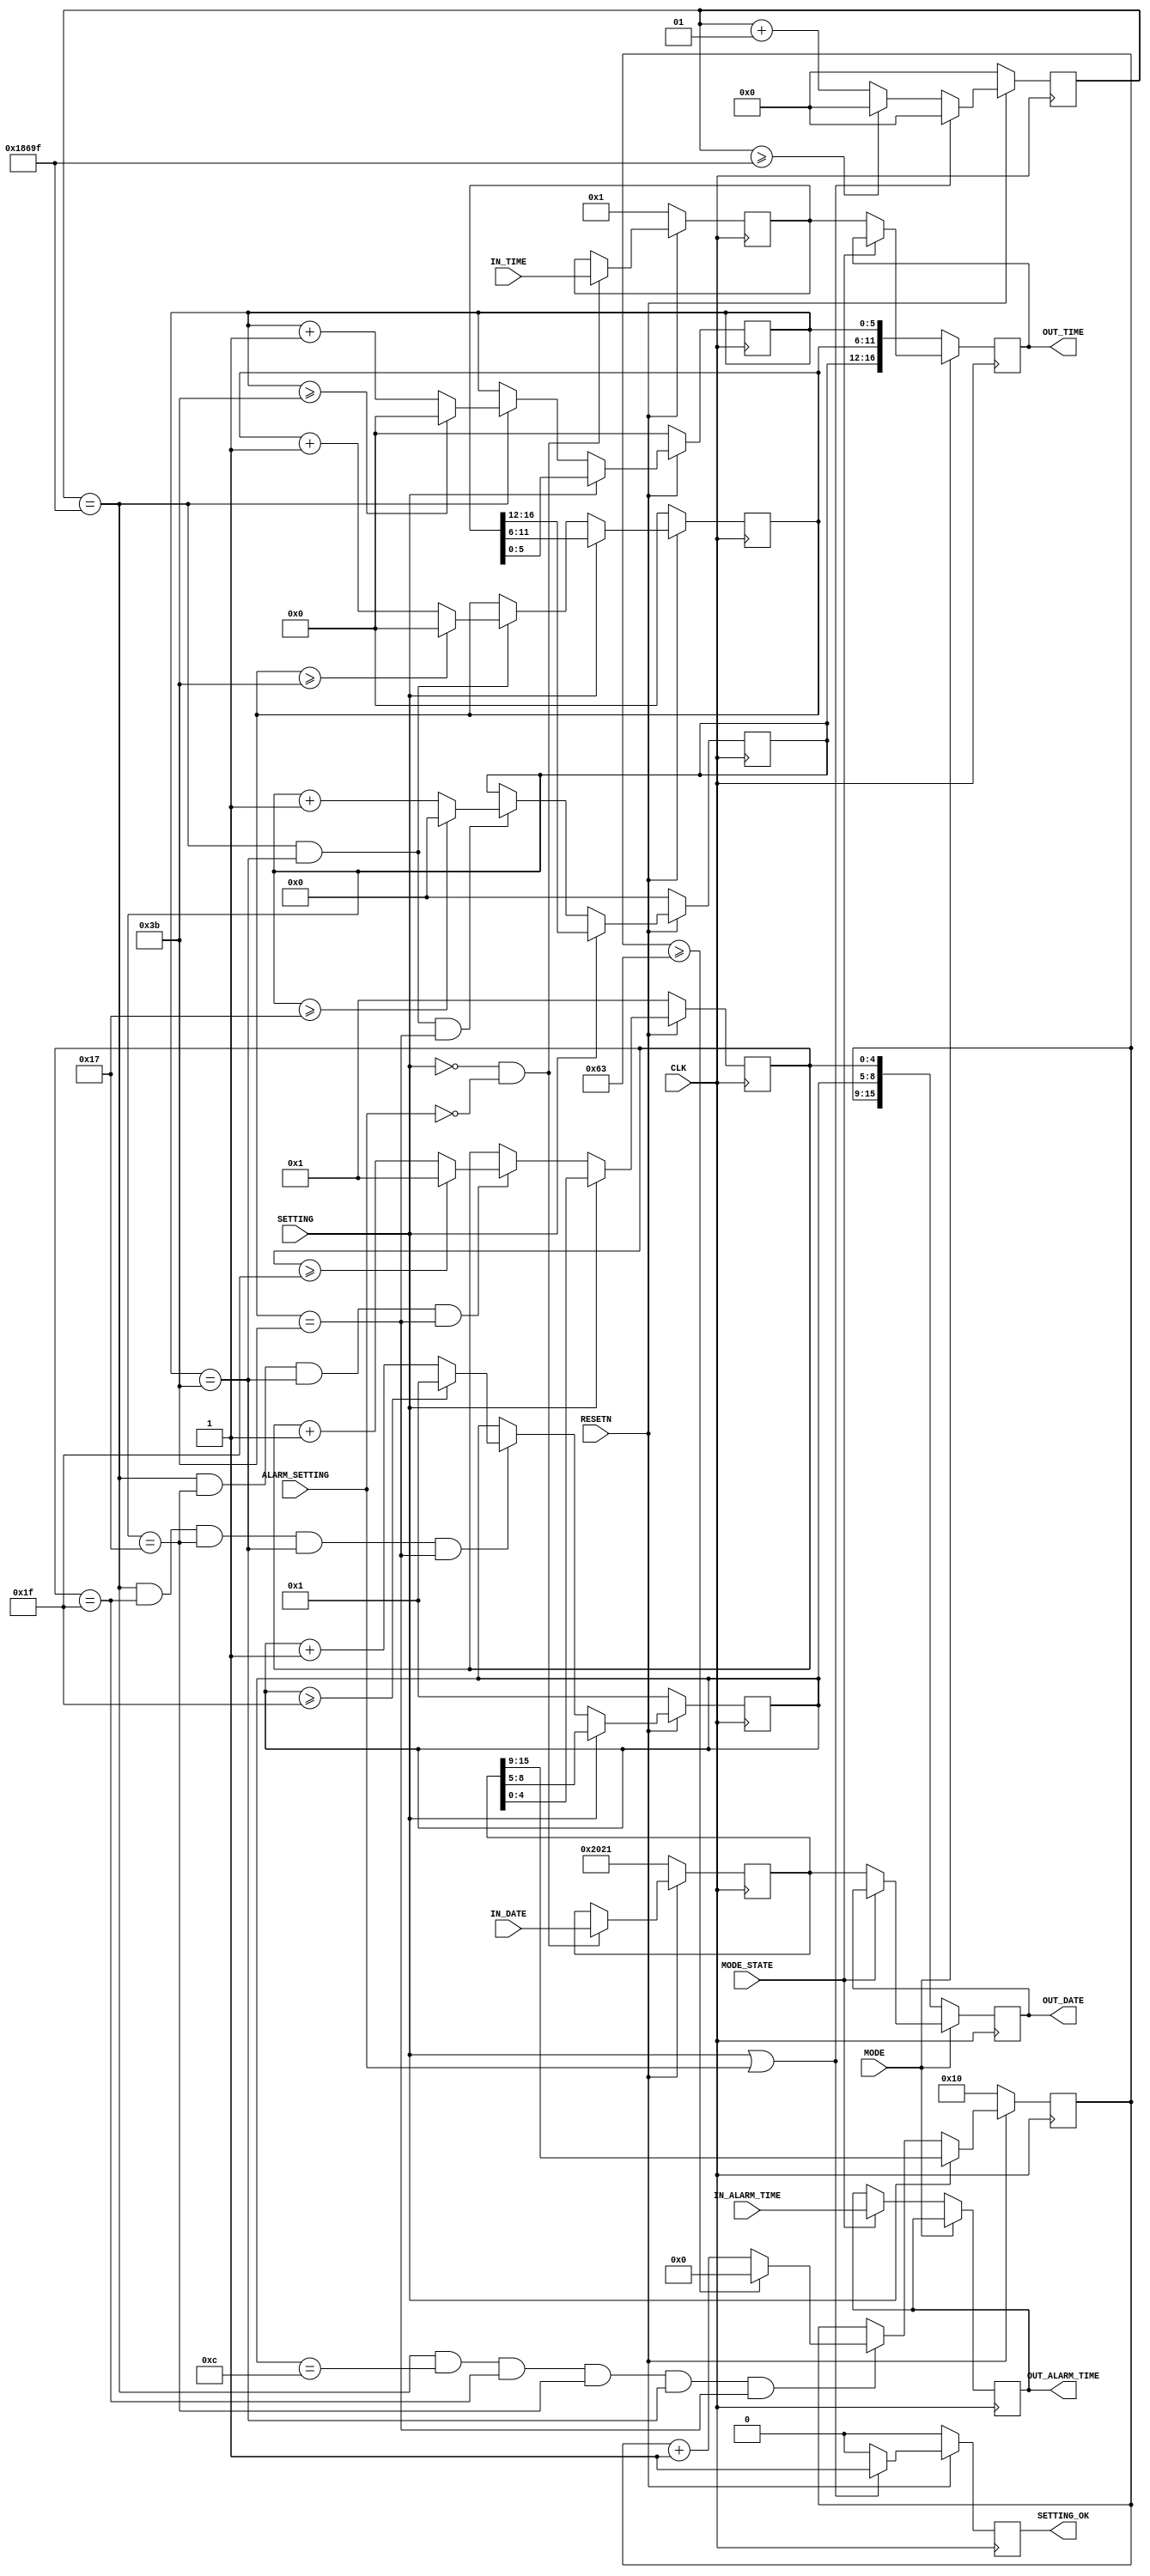

/* IN_TIME BIT LIST
`define   IN_MERIDIAN IN_TIME[17]
`define	 IN_HOUR     IN_TIME[16:12]
`define	 IN_MIN      IN_TIME[11:6]
`define   IN_SEC      IN_TIME[5:0]

 IN_DATE BIT LIST
`define   IN_YEAR     IN_DATE[15:9]
`define	 IN_MONTH    IN_DATE[8:5]
`define	 IN_DAY      IN_DATE[4:0]


 IN_ALARM_TIME BIT LIST
`define	 IN_HOUR     IN_TIME[16:12]
`define	 IN_MIN      IN_TIME[11:6]
`define   IN_SEC      IN_TIME[5:0]
*/

// TIME_CAL.v

module TIME_CAL(
	RESETN, CLK,
	IN_TIME, IN_DATE, IN_ALARM_TIME,
	MODE, MODE_STATE, SETTING, ALARM_SETTING, SETTING_OK,
	OUT_TIME, OUT_DATE, OUT_ALARM_TIME
);

input RESETN, CLK;
input [16:0] IN_ALARM_TIME;
input [16:0] IN_TIME;
input [15:0] IN_DATE;
input MODE, MODE_STATE, SETTING, ALARM_SETTING;
output reg [16:0] OUT_ALARM_TIME;
output reg [16:0] OUT_TIME;
output reg [15:0] OUT_DATE;
output reg SETTING_OK;

reg [16:0] SETTING_TIME;
reg [15:0] SETTING_DATE;

// TEMP TIME
reg [4:0] HOUR;
reg [5:0] MIN, SEC;

// TEMP DATE
reg [6:0] YEAR;
reg [3:0] MONTH;
reg [4:0] DAY;

integer CNT;

always @(posedge CLK)
begin
	if(!RESETN)
		begin
			CNT = 0;
			SETTING_OK = 0;
		end
	else if((SETTING == 1'b1) || (ALARM_SETTING == 1'b1))
		begin
			CNT = 0;
			SETTING_OK = 1;
		end
	else
		begin
			if(CNT >= 99999)
				CNT = 0;
			else
				CNT = CNT + 1;
			SETTING_OK = 0;
		end
end

always @(posedge CLK)
begin
	if(!RESETN)
		begin
			SETTING_TIME = 16'b0000000000000001; // 16'b0000/000000/000001;
			SETTING_DATE = 16'b0010000000100001; // 16'b0010000/0001/00001;
		end
	else
		begin
			if((SETTING == 0) && (ALARM_SETTING == 0))
				begin
					SETTING_TIME = IN_TIME;
					SETTING_DATE = IN_DATE;
				end
		end
end

// Count part
always @(posedge CLK)
begin
	if(!MODE)
		// MODE 0 -> continue stream(time is going)
		begin
			if(!MODE_STATE) 
				// MODE_STATE 0 -> current time
				begin
					OUT_TIME = { HOUR, MIN, SEC };
					OUT_DATE = { YEAR, MONTH, DAY };
				end
			else
				begin
				// MODE_STATE 1 -> alarm time & alarm control time
					OUT_TIME = { HOUR, MIN, SEC };
					OUT_DATE = { YEAR, MONTH, DAY };
					OUT_ALARM_TIME = { IN_ALARM_TIME[16:12], IN_ALARM_TIME[11:6], IN_ALARM_TIME[5:0] };
				end
		end
	else
		// MODE 1 -> stop stream(time is not going)
		begin
			if(!MODE_STATE)
				// MODE_STATE 0 -> current control time
				begin
					OUT_TIME = { SETTING_TIME[16:12], SETTING_TIME[11:6], SETTING_TIME[5:0] };
					OUT_DATE = { SETTING_DATE[15:9], SETTING_DATE[8:5], SETTING_DATE[4:0] };
				end
		end
end

// Second part
always @(posedge CLK)
begin
	if(!RESETN)
		SEC = 0;
		
	else if(SETTING == 1)
		SEC = SETTING_TIME[5:0];
	else
		if(CNT == 99999)
			begin
				if(SEC >= 59)
					SEC = 0;
				else
					SEC = SEC + 1;
			end
end

// Minute part
always @(posedge CLK)
begin
	if(!RESETN)
		MIN = 0;
	else if(SETTING == 1)
		MIN = SETTING_TIME[11:6];
	else
		if((CNT == 99999) && (SEC == 59))
			begin
				if(MIN >= 59)
					MIN = 0;
				else
					MIN = MIN + 1;
			end
end

// Hour part
always @(posedge CLK)
begin
	if(!RESETN)
		HOUR = 0;
	else if(SETTING == 1)
		HOUR = SETTING_TIME[16:12];
	else
		if((CNT == 99999) && (SEC == 59) && (MIN == 59))
			begin
				if(HOUR >= 23)
					HOUR = 0;
				else
					begin
						HOUR = HOUR + 1;
					end
			end
end

// Day part
always @(posedge CLK)
begin
	if(!RESETN)
		DAY = 1;
	else if(SETTING == 1'b1)
		DAY = SETTING_DATE[4:0];
	else
		if((CNT == 99999) && (HOUR == 23) && (SEC == 59) && (MIN == 59))
			begin
				if(DAY >= 31)
					DAY = 1;
				else
					DAY = DAY + 1;
			end
end

// Month part
always @(posedge CLK)
begin
	if(!RESETN)
		MONTH = 1;
	else if(SETTING == 1'b1)
		MONTH = SETTING_DATE[8:5];
	else
		if((CNT == 99999) && (DAY == 31) && (HOUR == 23) && (SEC == 59) && (MIN == 59))
			begin
				if(MONTH >= 31)
					MONTH = 1;
				else
					MONTH = MONTH + 1;
			end
end

// Year part
always @(posedge CLK)
begin
	if(!RESETN)
		YEAR = 16;
	else if(SETTING == 1'b1)
		YEAR = SETTING_DATE[15:9]; 
	else
		if((CNT == 99999) && (MONTH == 12) && (DAY == 31) && (HOUR == 23) && (SEC == 59) && (MIN == 59))
			begin
				if(YEAR >= 99)
					YEAR = 0;
				else
					YEAR = YEAR + 1;
			end
end

endmodule